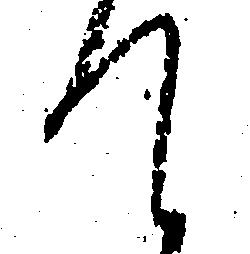
て